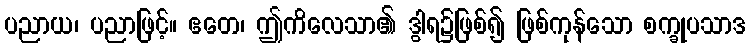
ပညာယ၊ ပညာဖြင့်။ ဧတေ၊ ဤကိလေသာ၏ ဒွါရ၌ဖြစ်၍ ဖြစ်ကုန်သော စက္ခုပသာဒ